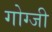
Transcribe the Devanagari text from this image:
गोग्जी